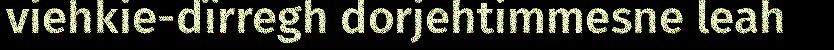
viehkie-dïrregh dorjehtimmesne leah